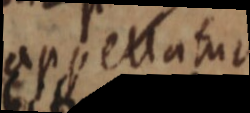
appellatur